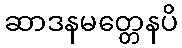
ဆာဒနမတ္တေနပိ